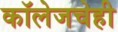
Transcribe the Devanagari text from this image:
कॉलेजचेही